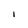
Character: l